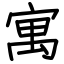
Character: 寓